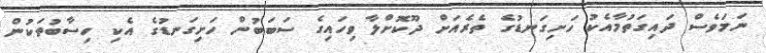
ނަމަވެސް ދައިގަތުމާއެކު ހަށިގަނޑުގެ ތެރެއަށް ދޫކޮށްލާ ވިހައިގެ ސަބަބުން ހަށިގަނޑުގެ އެކި ހިސާބުތަކުން